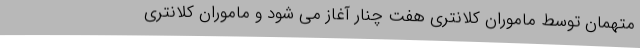
متهمان توسط ماموران کلانتری هفت چنار آغاز می شود و ماموران کلانتری